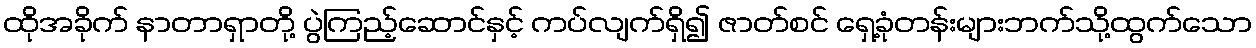
ထိုအခိုက် နာတာရှာတို့ ပွဲကြည့်ဆောင်နှင့် ကပ်လျက်ရှိ၍ ဇာတ်စင် ရှေ့ခုံတန်းများဘက်သို့ထွက်သော